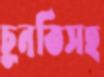
চুনতিসহ